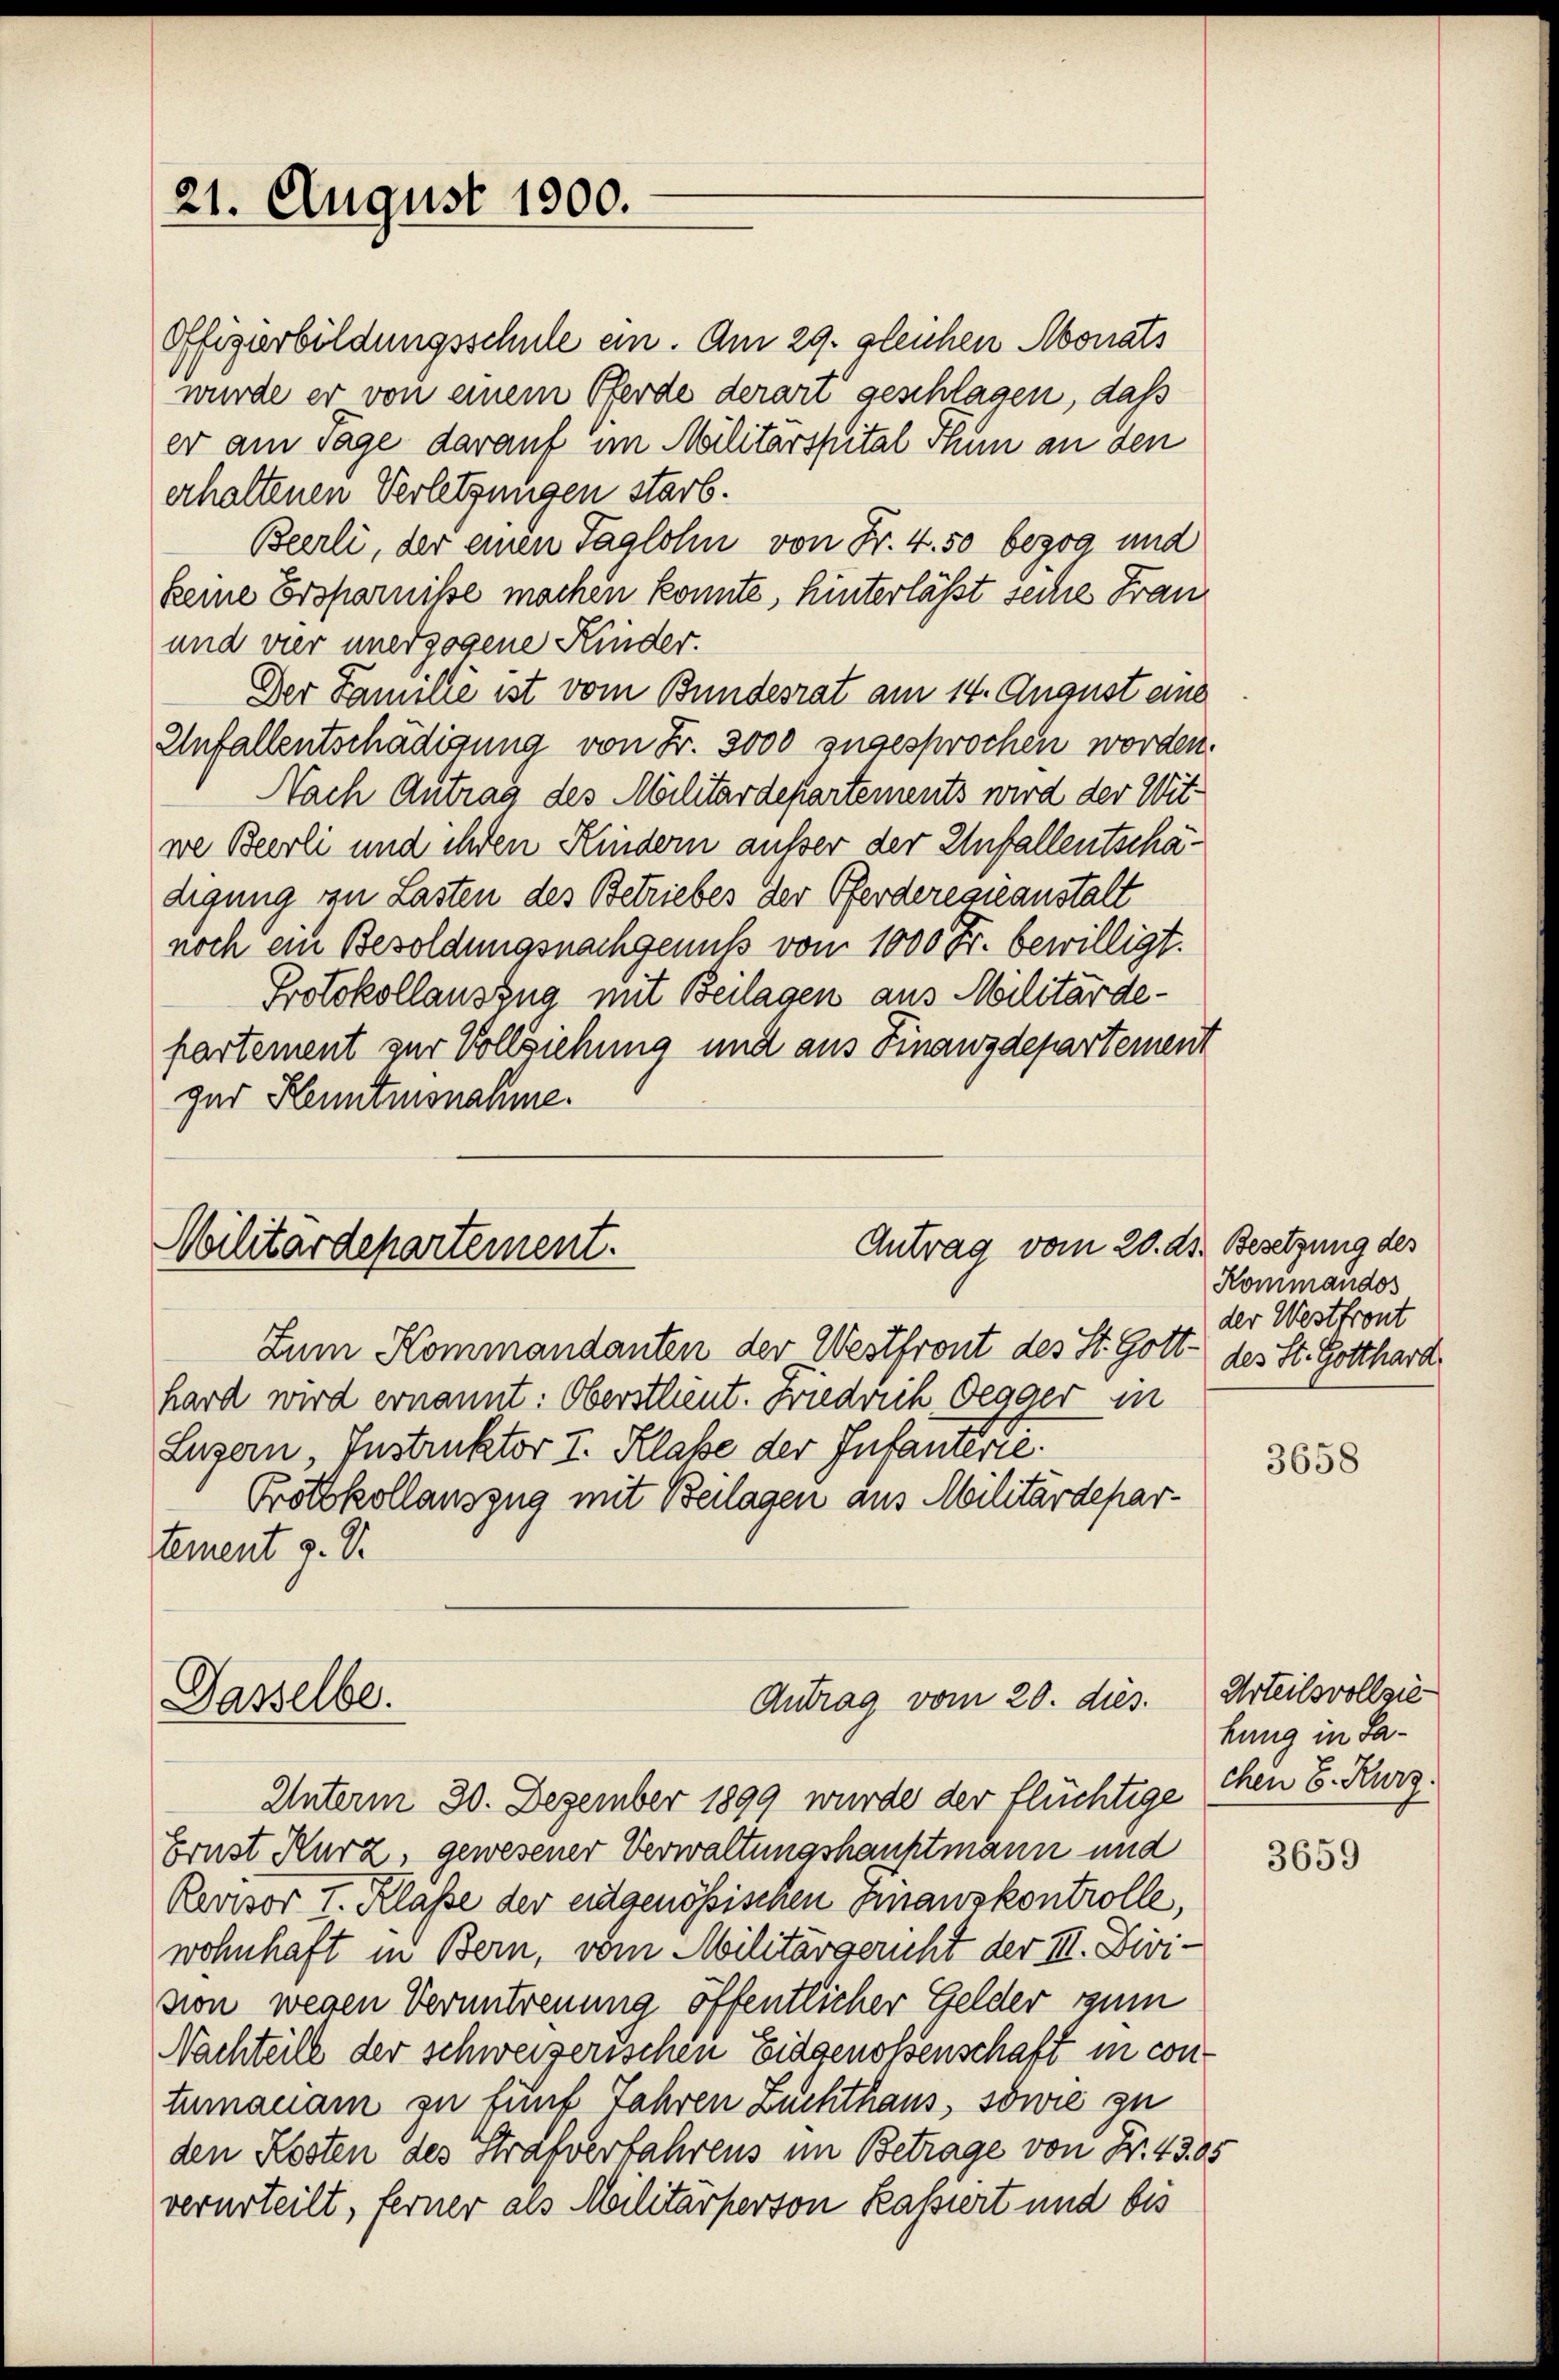
21. August 1900.

Offigirbildungsschule ein. Am 29. gleichen Monats
wurde er von einem Pferde derart geschlagen, daß
er am Tage darauf im Militärspital Thun an den
erhaltenen Verletzungen starb.
Beerli, der einen Taglohn von Fr. 4. 50 bezog und
keine Ersparnisse machen konnte, hinterlässt seche Frau
und vier unerzogene Kinder.
Der Familie ist vom Bundesrat am 14. August eine
Unfallentschädigung von Fr. 3000 zugesprochen worden.
Nach Antrag des Militärdepartements wird der Witwe Bierli und ihren Kindern außer der Unfallentschädigung zu Lasten des Betriebes der Pferderesieanstalt
noch ein Besoldungsnachgenuß von 1000 Fr. bewilligt.
Protokollauszug mit Beilagen aus Militärde-
partement zur Vollziehung und aus Finanzdepartement
gur Kenntnisnahme.

Antrag vom 20. ds. Besetzung des
Militärdepartement.

Dasselbe.

Zum Kommandanten der Westfront des St. Gott des St. Gotthard
hard wird ernannt: Oberstlieut. Friedrich Degger in
Luzern, Instruktor I. Klasse der Infantérie
Protokollauszug mit Beilagen aus Militärdepar-
tement z. B.

Antrag vom 20. dies.

Unterm 30. Dezember 1899 wurde der flüchtige
Ernst Kurz, gewesener Verwaltungshauptmann und
Revisor I. Klasse der entgenössischen Hinauskontrolle,
wohnhaft in Bern, vom Militärgericht der III. Divi-
von wegen Veruntreuung öffentlicher Gelder zum
Nachteile der schweizerischen Eidgenossenschaft in contumaciam zu fünf Jahren Zuchthaus, sowie zu
den Kosten des Strafverfahrens im Betrage von Nr. 43. 65
verurteilt, ferner als Militärperson Kassiert und bis

Kommandos
der Westtront

3658

Urteilsvollzie
hung in Sachen E. Kurz.

3659